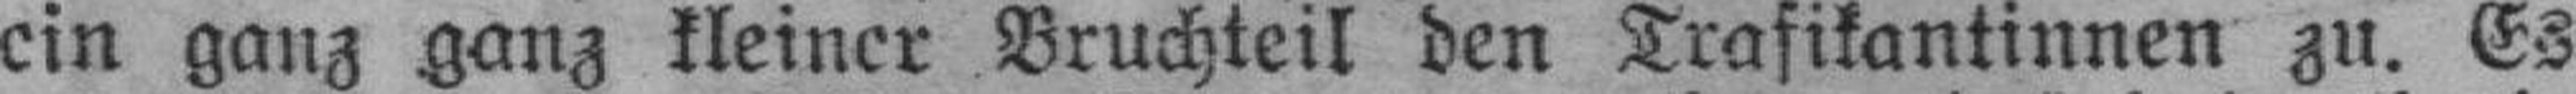
ein ganz ganz kleiner Bruchteil den Trafikantinnen zu. Es